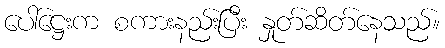
ပေါ်ဋ္ဌေးက စကားနည်းပြီး နှုတ်ဆိတ်နေသည်။